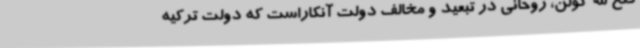
فتح الله گولن، روحانی در تبعید و مخالف دولت آنکاراست که دولت ترکیه